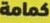
كمامة